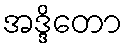
အဒ္ဒိတော